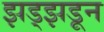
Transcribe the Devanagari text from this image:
झड्झडून